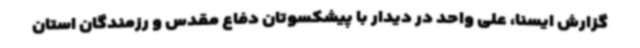
گزارش ایسنا، علی واحد در دیدار با پیشکسوتان دفاع مقدس و رزمندگان استان